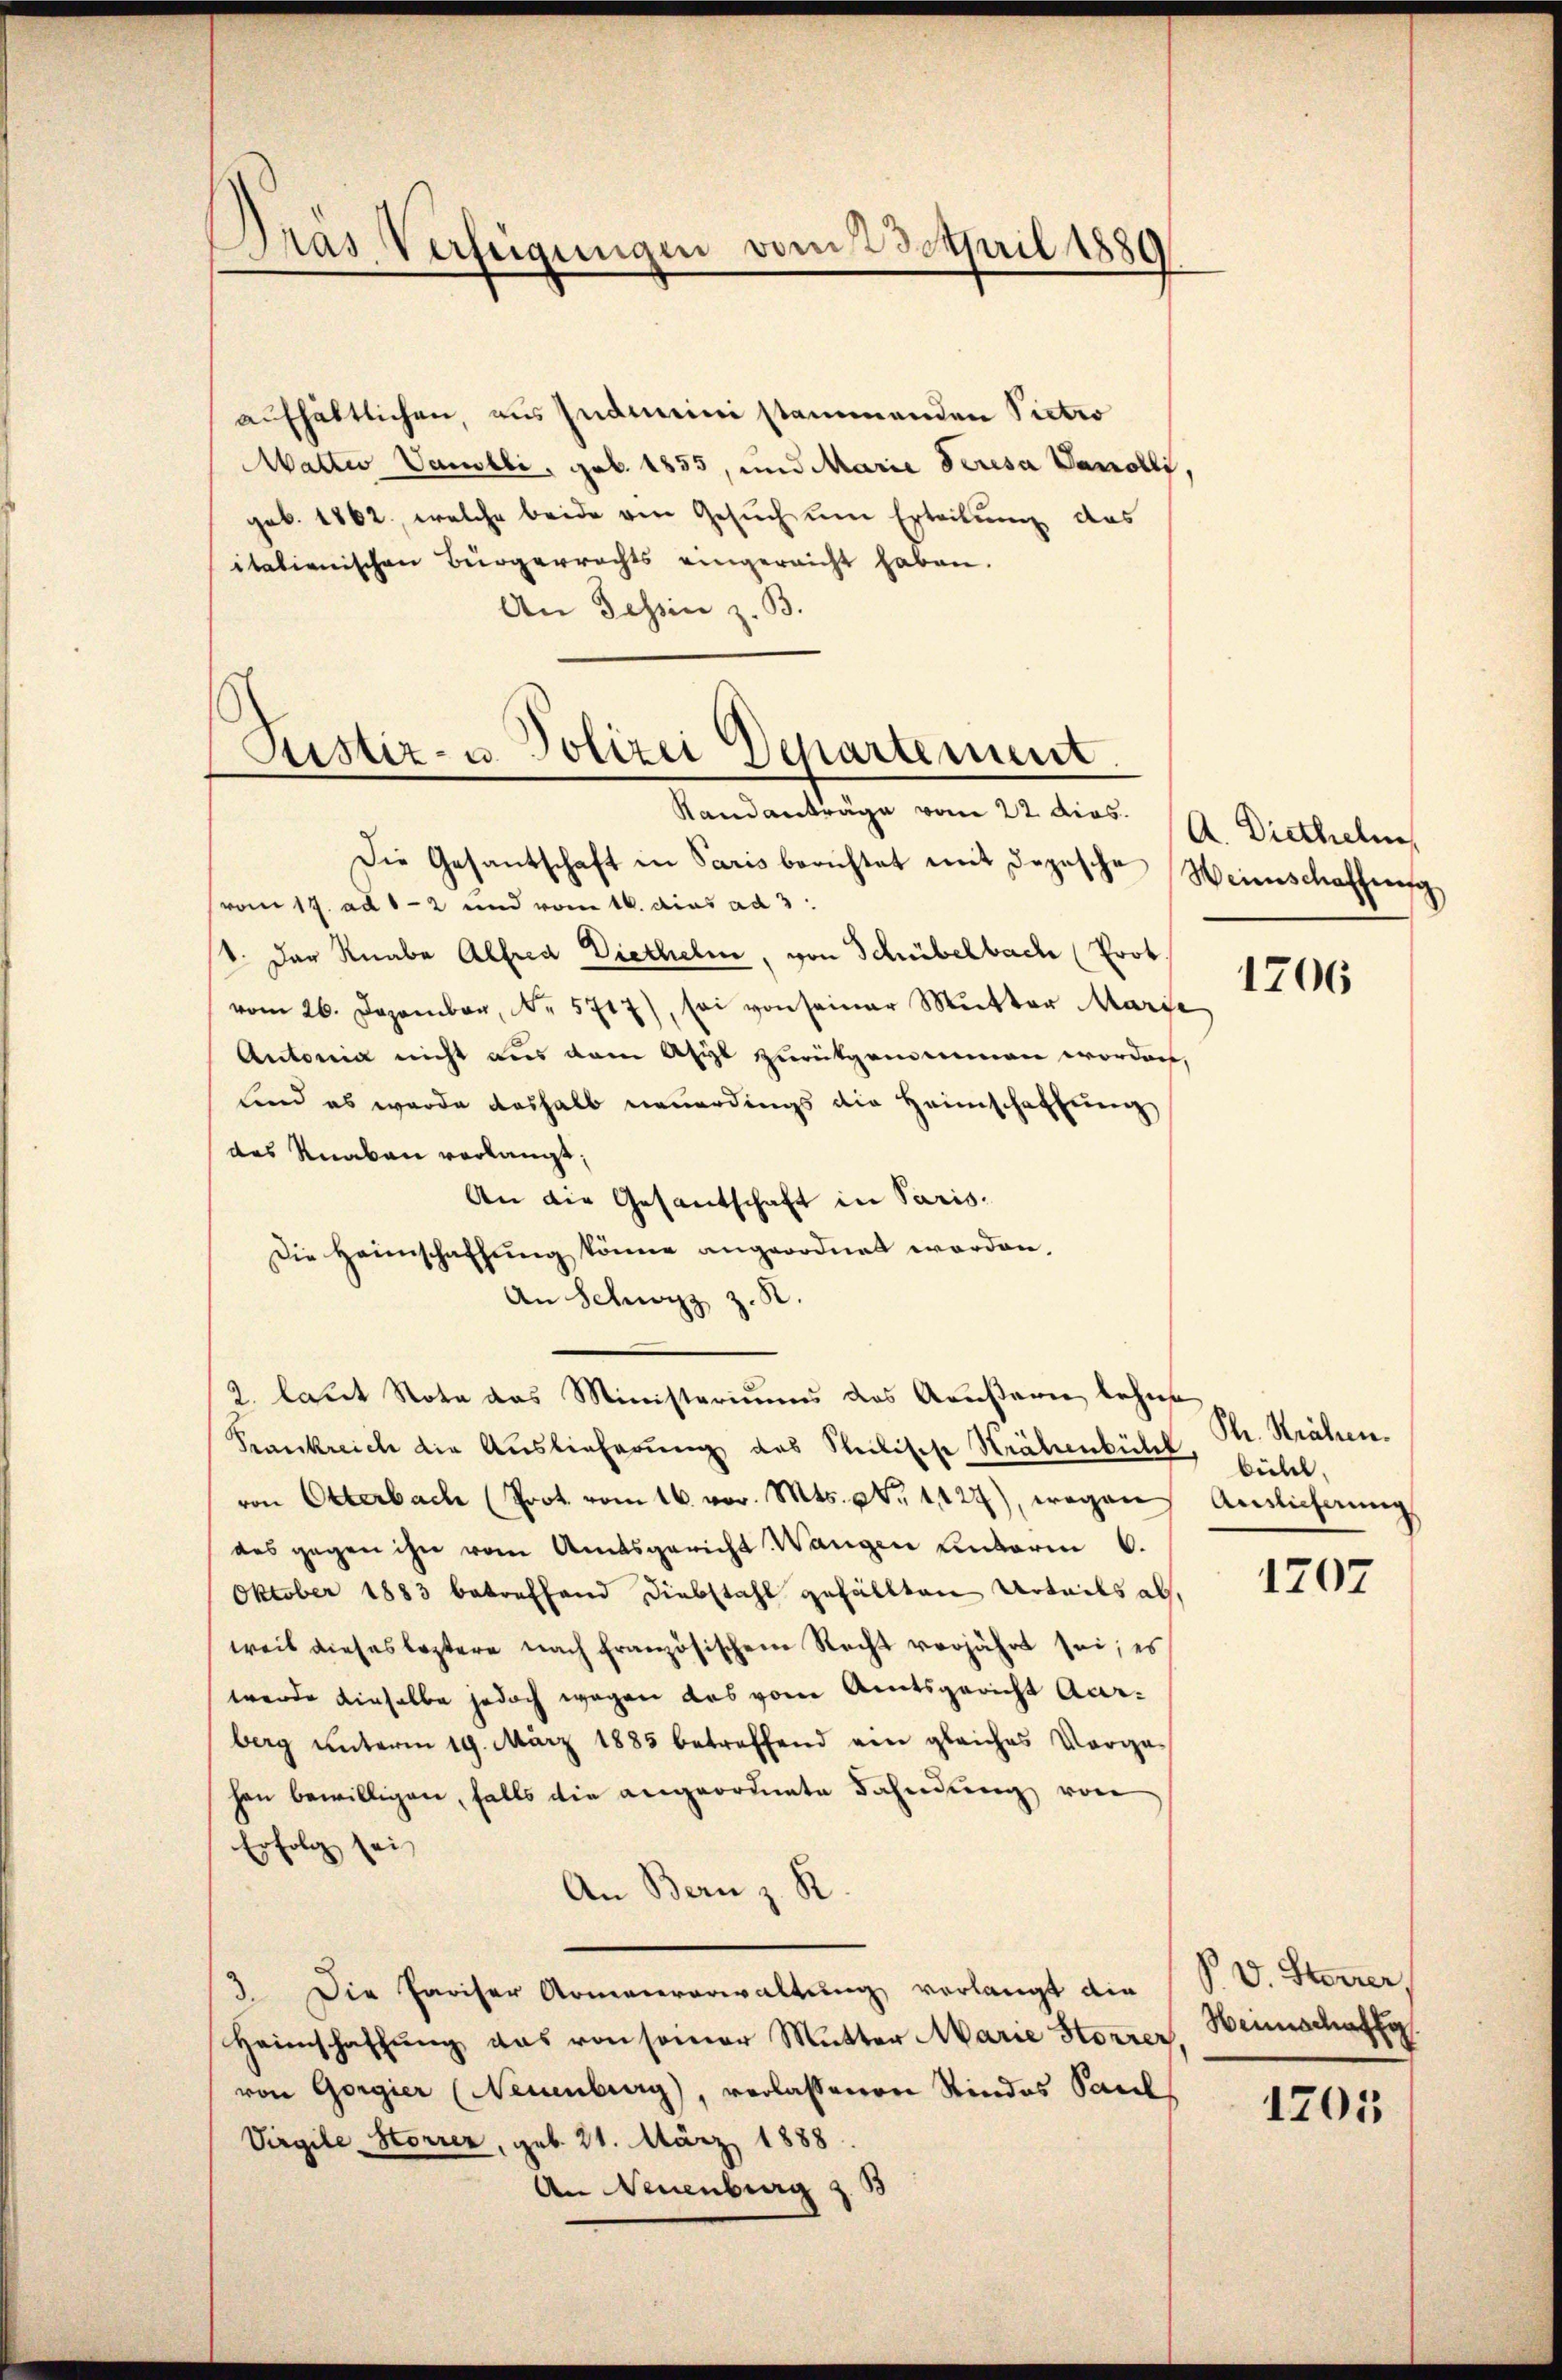
aufhältlichen, aus Indmini stammenden Pietro
Matter Vausbli, geb. 1855, und Marie Seresa Vanollis,
geb. 1862, welche beide von Gesuch um Erteilung das
italienischen Bürgerrechts eingereicht haben.
An Tessin z. B.

Gras Verfügungen vom 23. April 1889

Justiz- u. Polizei Departement

Randanträge vom 22. dies. A. Dietheln
Die Gesantschaft in Paris berichtet mit depesche Weinschaffung
vom 17. ad 1-2 und vom 16. dies ad 3
t. Der Knabe Alfred Diethelm, von Schübelbach (Prot.
vom 26. Dezember, No. 5717), sei von seiner Mŭtter Marie
Antonia nicht aus dem Asyl zurückgenommen worden,
sind es wurde deshalb neuerdings die Heimschaffung
das Knaben verlangt,
An die Gesantschaft in Paris¬
Die Heimschaffŭng könne angeordnet worden.
An Schwyz z. R.
2. laut Note das Ministeriums das Aeußern lehnte
Krankreiche die Auslieferung des Steilische Sträbenbühel, bühel,
von Otterbach (Prot. vom 16. vor. Mts. Nr. 1127), wegen Antlicherung
das gegen ihn vom Amtsgericht Wangen unterm 6.
Oktober 1883 betreffend Diebstahl gefällten Urteils abweil dieses leztere nach französischen Recht verjährt sei; es
werde dieselbe jedoch wegen das vom Amtsgericht Aarberg unterm 19. März 1885 betreffend ein gleiches Vorga-
hen bewilligen, falls die angeordnete Fahndung von
Erfolg sei,
An Bern z. R.
3 Die Pariser Armenverwaltung verlangt die
Heimschaffung das von seiner Mutter Marie Horrer
von Gorgier (Neuenburg), verlassenen Stindes Saal
Virgile-Storrer, geb. 21. März 1888
An Neuenburg z. B

1706

Sl. Krähen.

1707

P. V. Starrer,
Heimschaft

1205